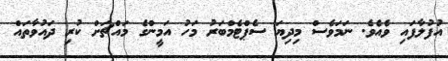
އުފުލާފައި ވެއެވެ. ނަމަވެސް މިދިޔަ ސެޕްޓެމްބަރު މަހު އަމީންގެ މައްޗަށް ކުރި ދައުވާތައް